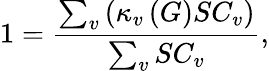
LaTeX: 1=\frac{\sum_{v}\left(\kappa_{v}\left(G\right)SC_{v}\right)}{\sum_{v}SC_{v}},